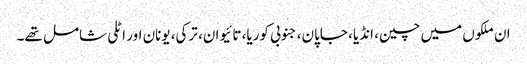
ان ملکوں میں چین، انڈیا، جاپان، جنوبی کوریا، تائیوان، ترکی، یونان اور اٹلی شامل تھے۔